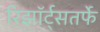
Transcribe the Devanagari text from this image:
रिझॉर्ट्‌सतर्फे